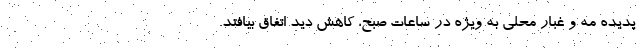
پدیده مه و غبار محلی به ویژه در ساعات صبح، کاهش دید اتفاق بیافتد.